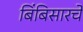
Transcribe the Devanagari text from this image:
बिंबिसारचे